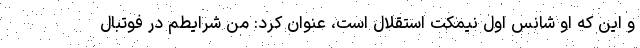
و این که او شانس اول نیمکت استقلال است، عنوان کرد: من شرایطم در فوتبال